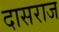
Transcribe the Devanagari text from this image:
दासराज